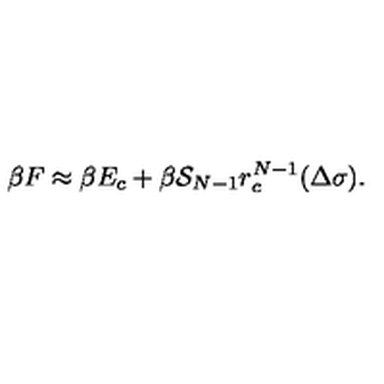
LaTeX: \beta F \approx \beta E _ { c } + \beta { \cal S } _ { N - 1 } r _ { c } ^ { N - 1 } ( \Delta \sigma ) .